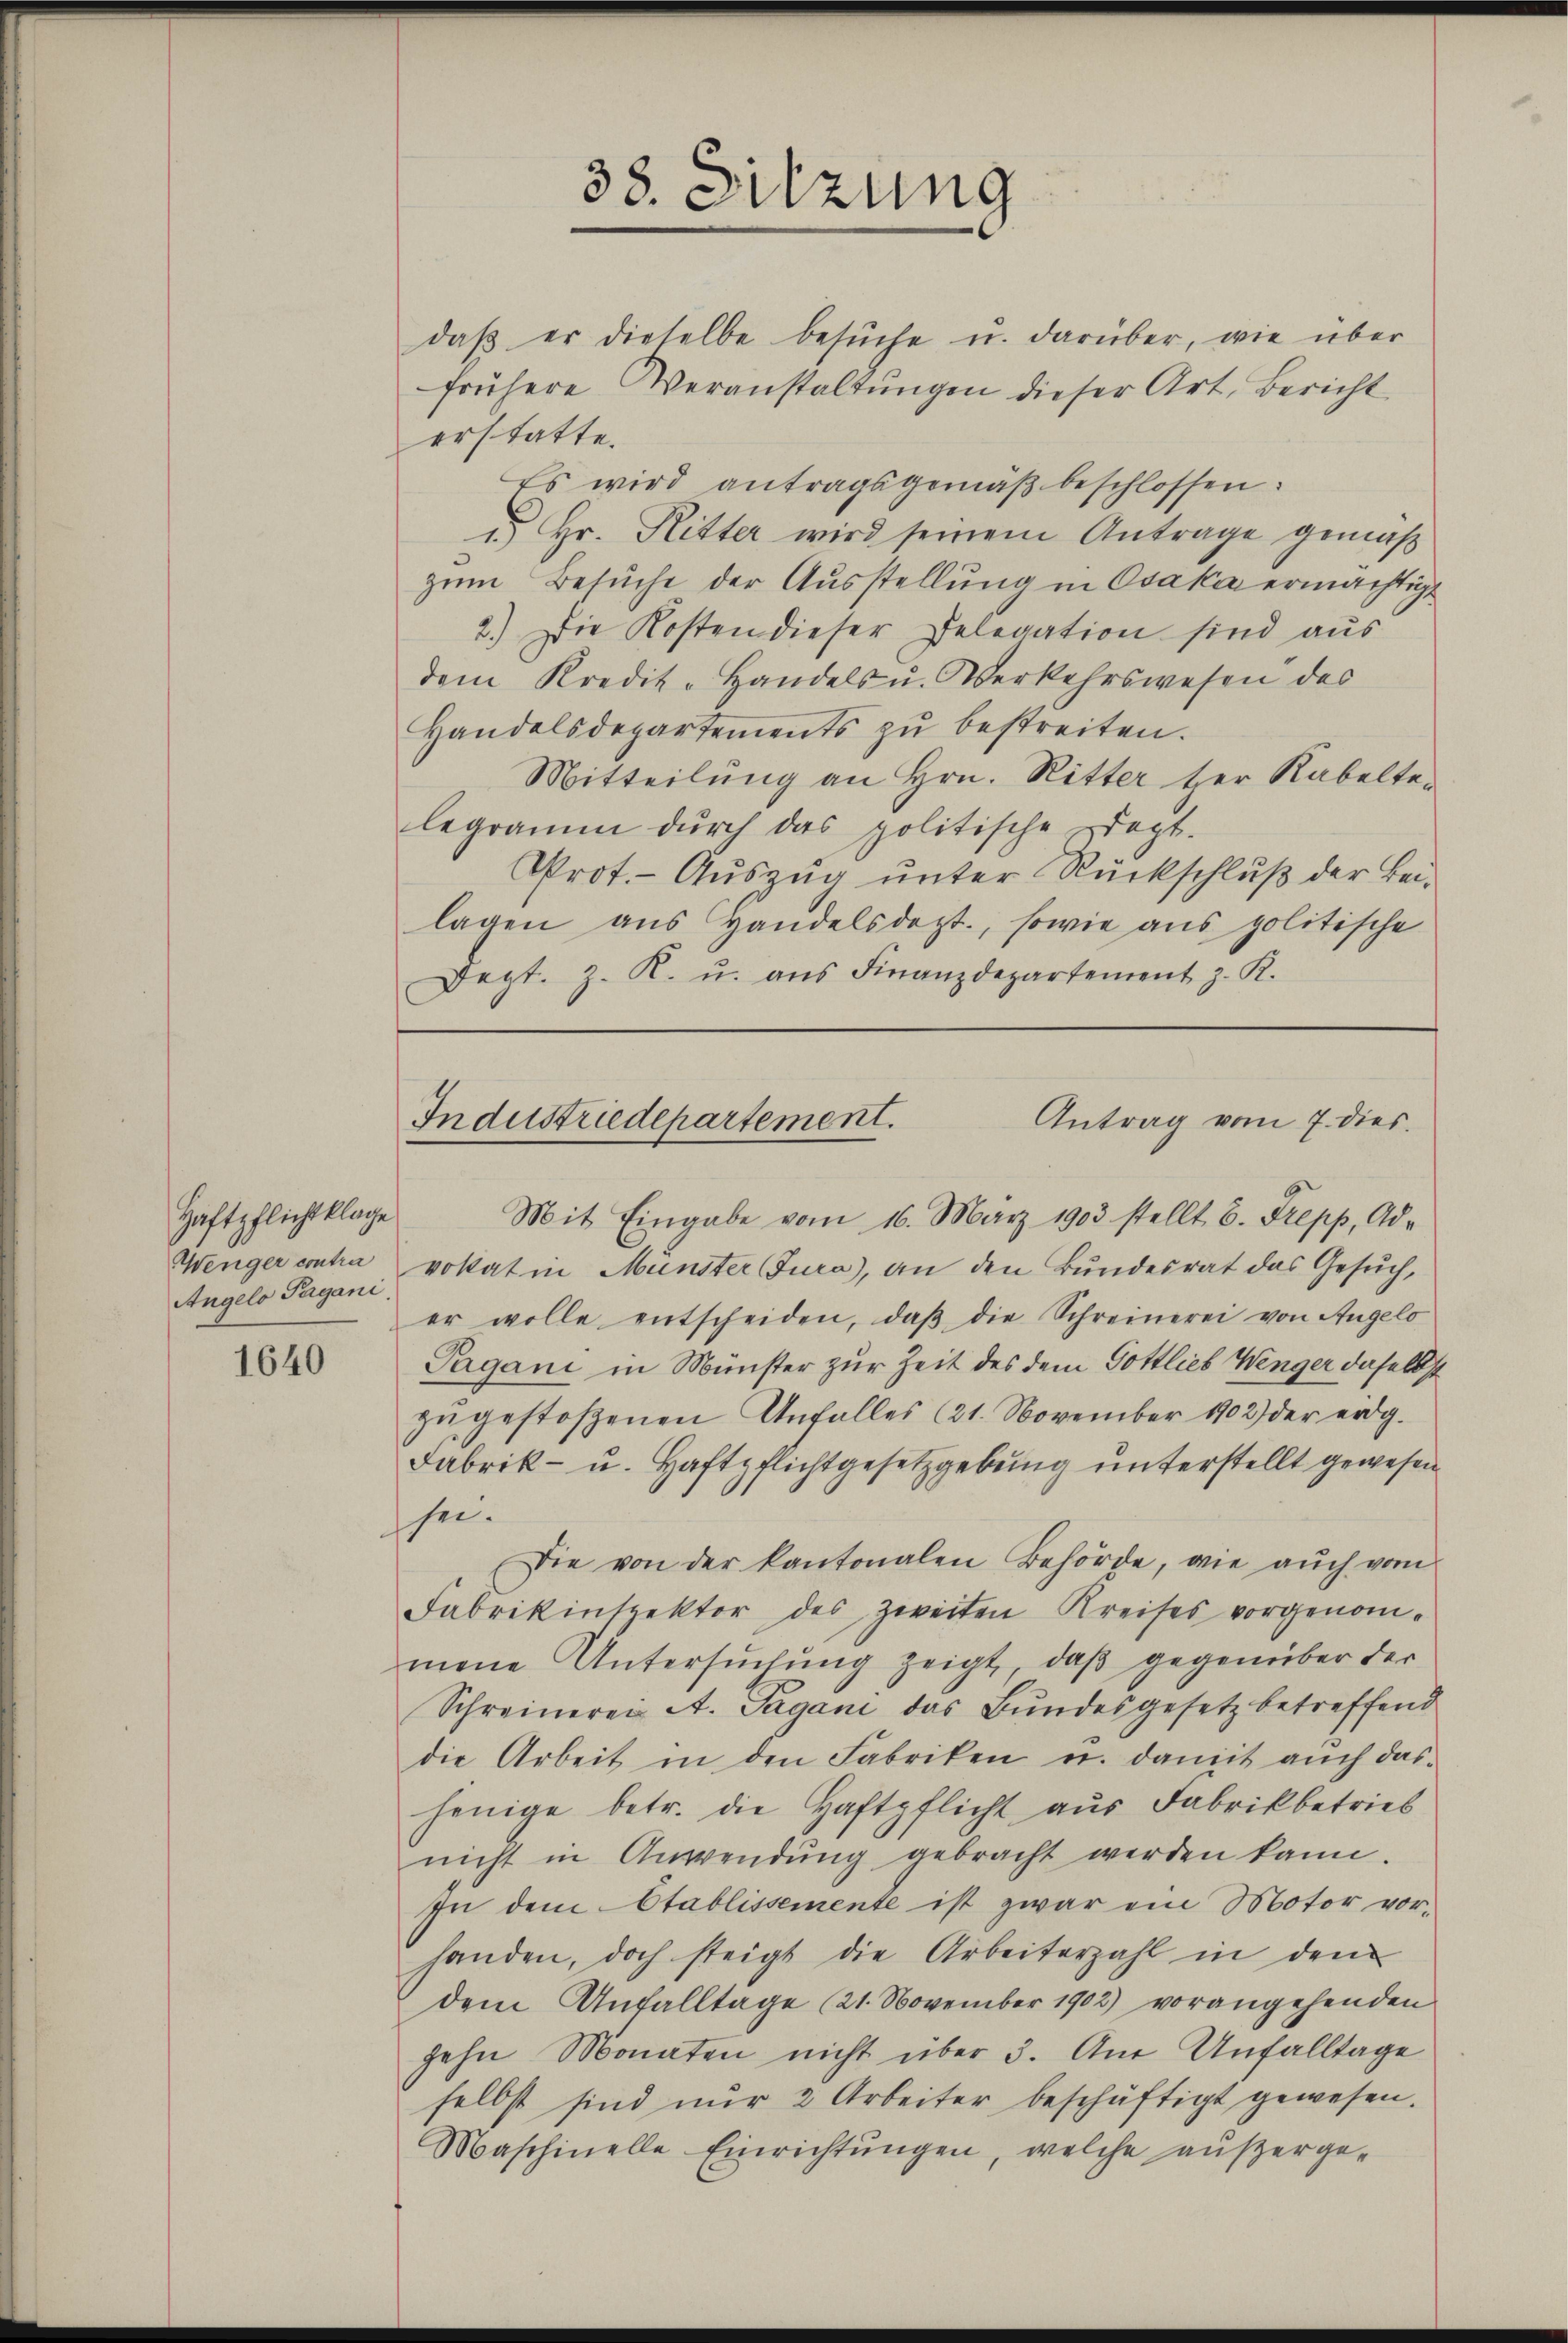
Haftpflichtklage
Wenger contra
Angelo Pagani.

1640

daβ er dieselbe besŭche u. darüber, wie über
frühere Veranstaltungen dieser Art, Bericht
Es wird antragsgemäß beschlossen:
 Hr. Ritter wird seinem Antrage gemäß
zŭm Besŭche der Ausstellung in Osaka ermächtigt
2.) Die Kosten dieser Delegation sind aus
dem Kredit-Handels u. Verkehrswesen des
Handelsdepartements zŭ bestreiten.
Mitteilung an Hrn. Ritter ter Rabelte.
legramm dŭrch das politische Sept.
Prot. - Auszug unter Rückschluß der Beilagen ans Handelsdept., sowie aus politische
Dept. z. K. u. aŭs Finanzdepartement z. K.

erstatte.

38. Sitzung

Antrag vom 7. dies.
Industriedepartement.

Mit Eingabe vom 16. März 1903 stellt u. Trepp, Ad-
vostat in Münster Jura), an den Bundesrat das Gesŭch,
er wolle entscheiden, daβ die Schreinerei von Angelo
Pagani in Münster zur Zeit des dem Gottlieb Wenger daselbst
zŭgestoßenen Unfall(...)(21. November 1902) der erdg-
Fabrik- u. Haftpflichtgesetzgebung unterstellt gewesen
sei.
Die von der kantonalen Behörde, wie aŭch vom
Fabrikinspektor des zweiten Kreises vorgenommene Untersuchung zeigt, daß gegenüber der
Schreinerei A. Pagani das Bundesgesetz betreffend
die Arbeit in den Fabriken u. damit auch das-
jenige betr. die Haftpflicht aus Fabrikbetrieb
nicht in Anwendŭng gebracht werden kann.
In dem Etablissemente ist zwar ein Motor vor-
handen, doch steigt die Arbeiterzahl in den
dem Anfalltage (21. November 1902) vorangehenden
zehn Monaten nicht über 3. Am Unfalltage
selbst sind nur 2 Arbeiter beschäftigt gewesen.
Maschinelle Einrichtŭngen, welche außerge-